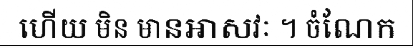
ហើយ មិន មានអាសវៈ ។ ចំណែក